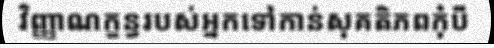
វិញ្ញាណក្ខន្ធរបស់អ្នកទៅកាន់សុគតិភពកុំបី